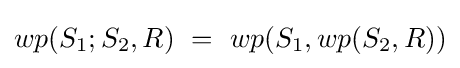
wp(S_{1};S_{2},R)\ =\ wp(S_{1},wp(S_{2},R))